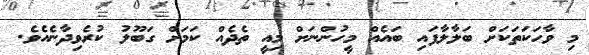
މި ވާހަކަތަކަށް ބަލާލާފައި ބައެއް މީހުންނަށް މިއީ ތެދެއް ކަމަށް ގަބޫލު ކުރެވިދާނެއެވެ.